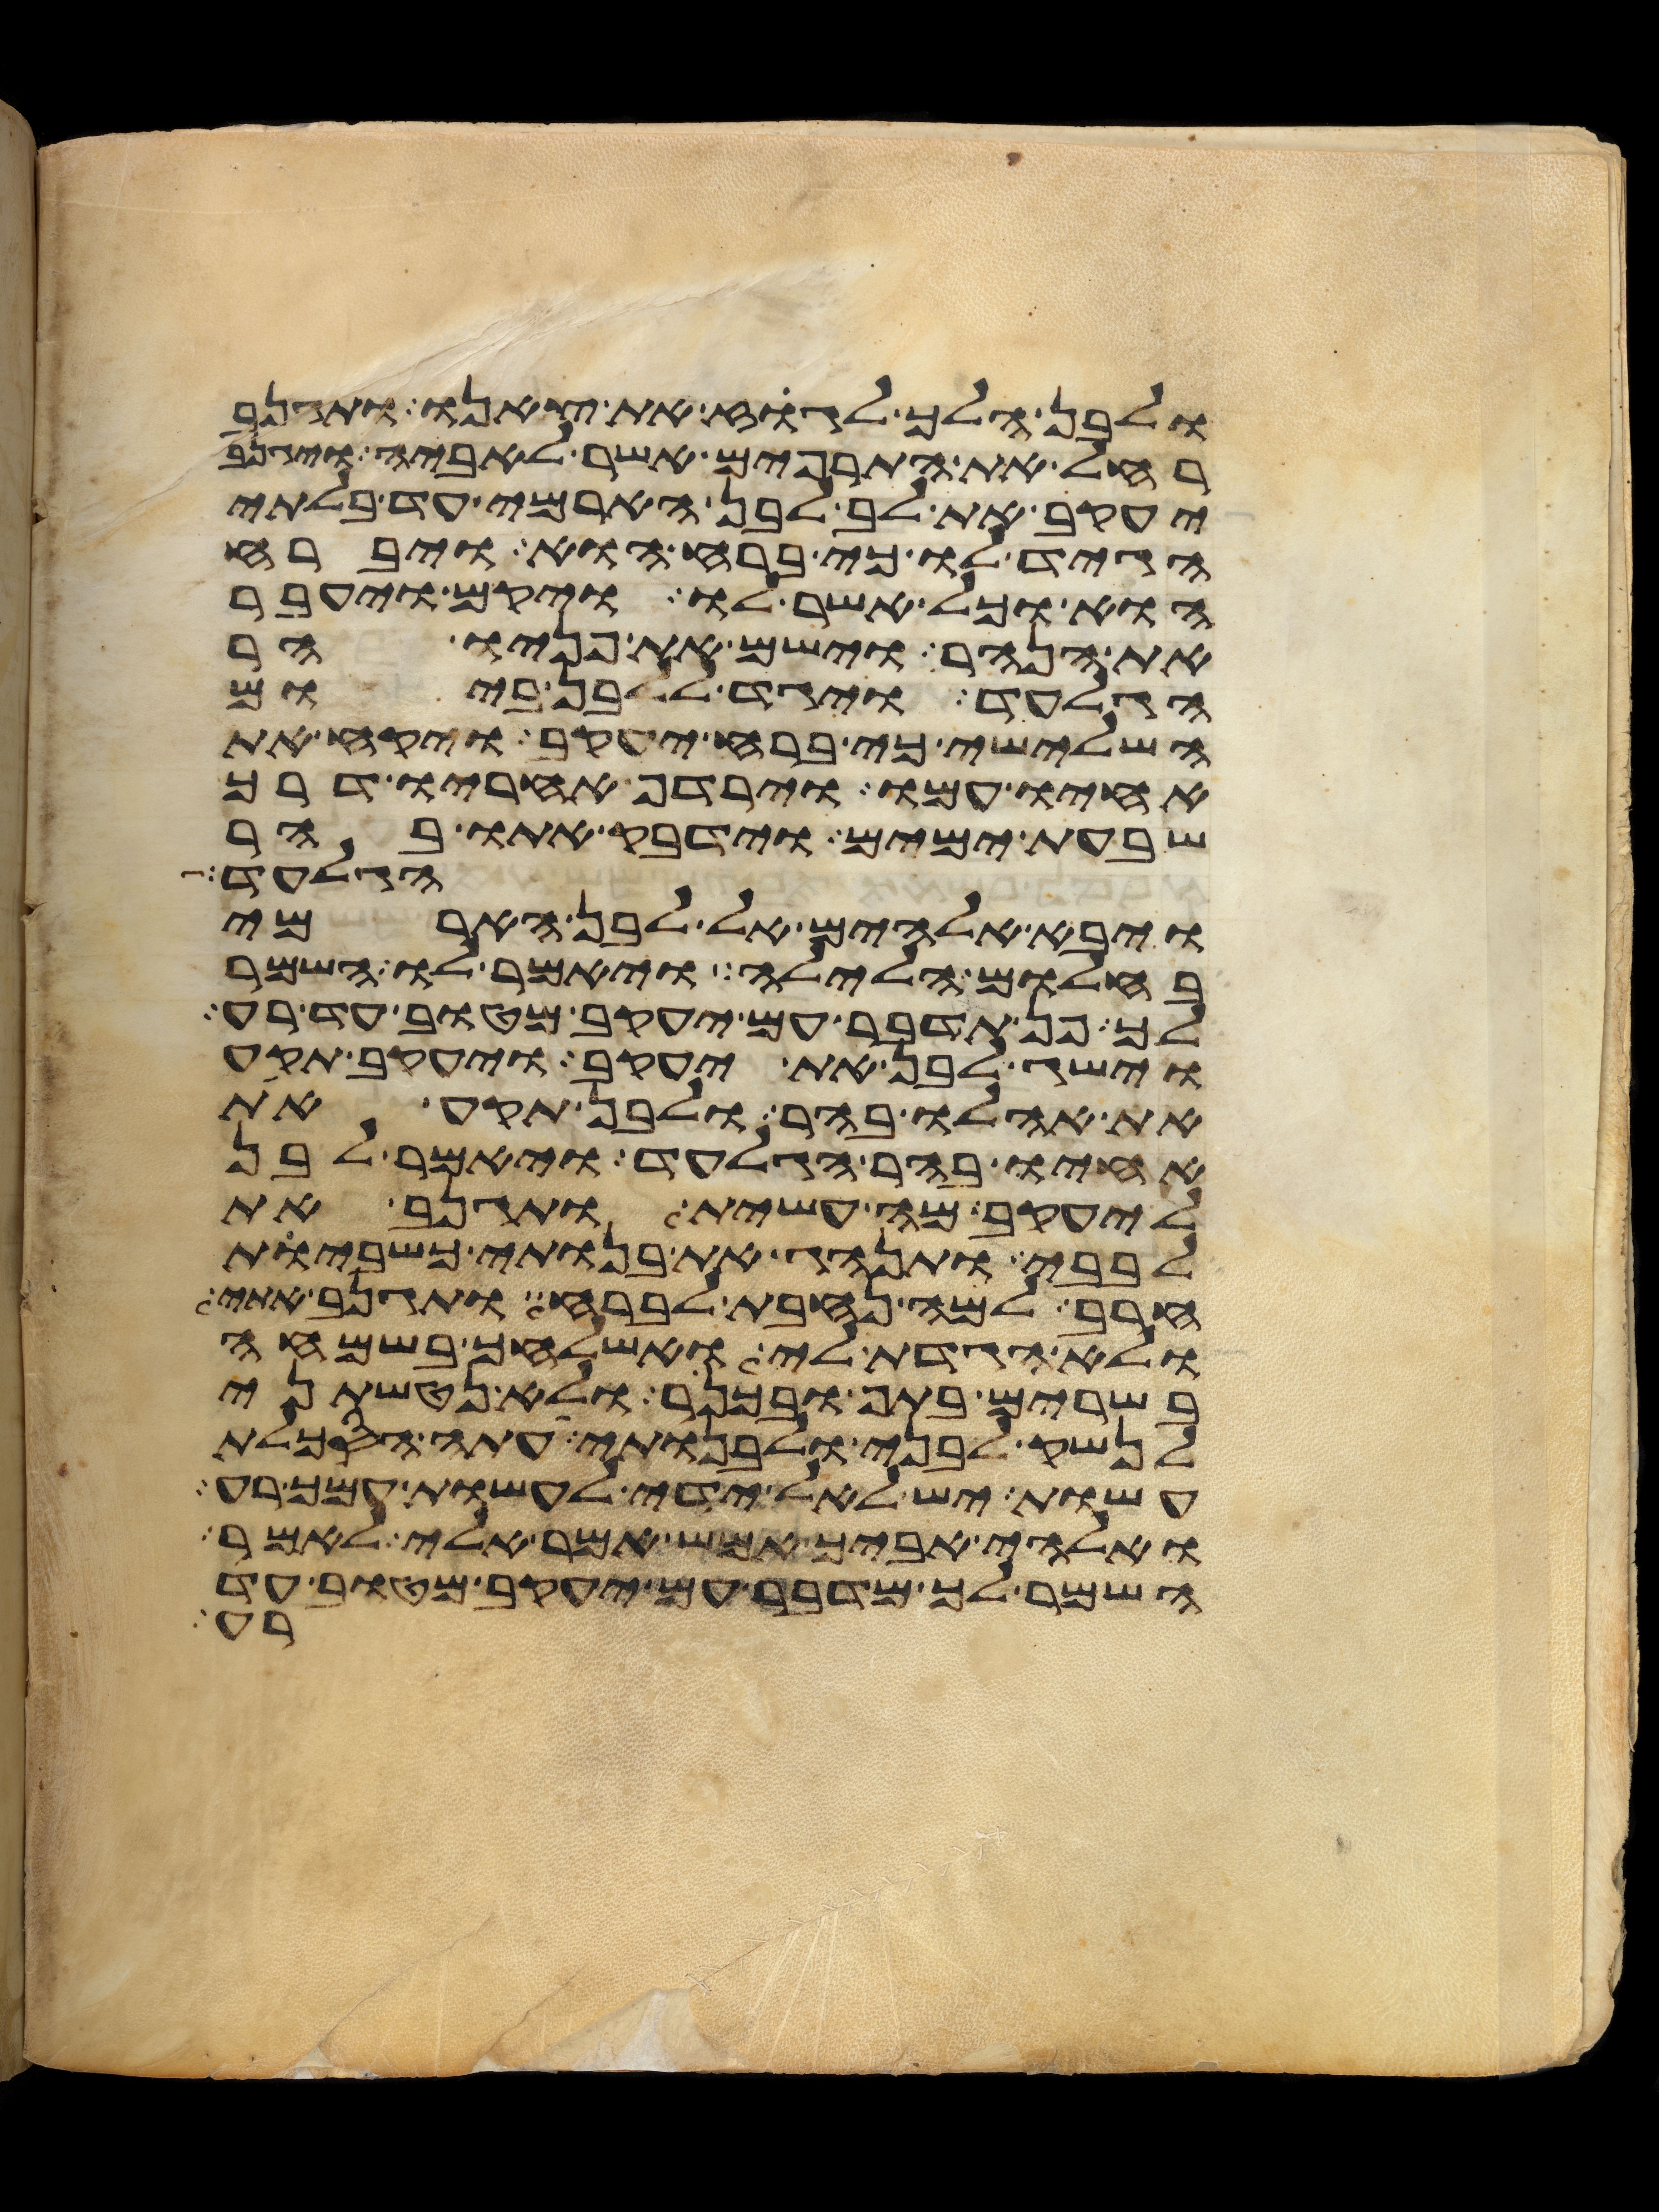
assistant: ולבן הלך לגוז את צאנו ותגנב
רחל את התרפים אשר לאביה ויגנב
יעקב את לב לבן הארמי עד בלתי
הגיד לו כי ברח הוא ויברח
הוא וכל אשר לו ויקם ויעבר
את הנהר וישם את פניו הר
הגלעד ויגד ללבן ביום
השלישי כי ברח יעקב ויקח את
אחיו עמו וירדף אחריו דרך
שבעת ימים וידבק אתו בהר
הגלעד
ויבא אלהים אל לבן הארמי
בחלום הלילה ויאמר לו השמר
לך פן תדבר עם יעקב מטוב עד רע
וישג לבן את יעקב ויעקב תקע
את אהלו בהר ולבן תקע את
אחיו בהר הגלעד ויאמר לבן
ליעקב מה עשית ותגנב את
לבבי ותנהג את בנותי כשביות
חרב למה נחבת לברח ותגנב אתי
ולא הגדת לי ואשלחך בשמחה
בשרים בתף ובכנר ולא נטשתני
לנשק לבני ולבנותי עתה הסכלת
עשות יש לאל ידי לעשות עמך רע
ואלהי אביך אמש אמר אלי לאמר
השמר לך מדבר עם יעקב מטוב עד
רע